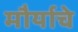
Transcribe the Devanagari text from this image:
मौर्याचे